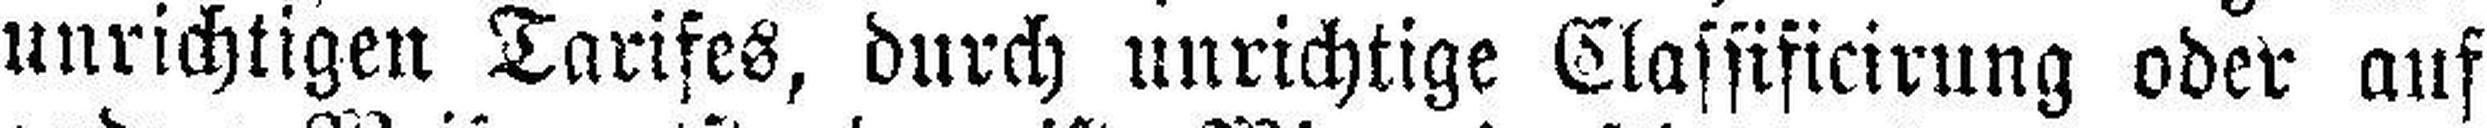
unrichtigen Tarifes, durch unrichtige Classificirung oder auf